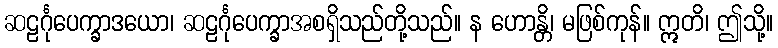
ဆဠင်္ဂုပေက္ခာဒယော၊ ဆဠင်္ဂုပေက္ခာအစရှိသည်တို့သည်။ န ဟောန္တိ၊ မဖြစ်ကုန်။ ဣတိ၊ ဤသို့။